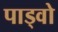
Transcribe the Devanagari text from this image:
पाड्वो